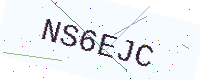
Text: NS6EJC